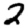
Digit: 2